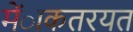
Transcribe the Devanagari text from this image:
मेंाकतरयत